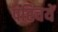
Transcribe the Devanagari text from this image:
परिचयें